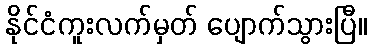
နိုင်ငံကူးလက်မှတ် ပျောက်သွားပြီ။